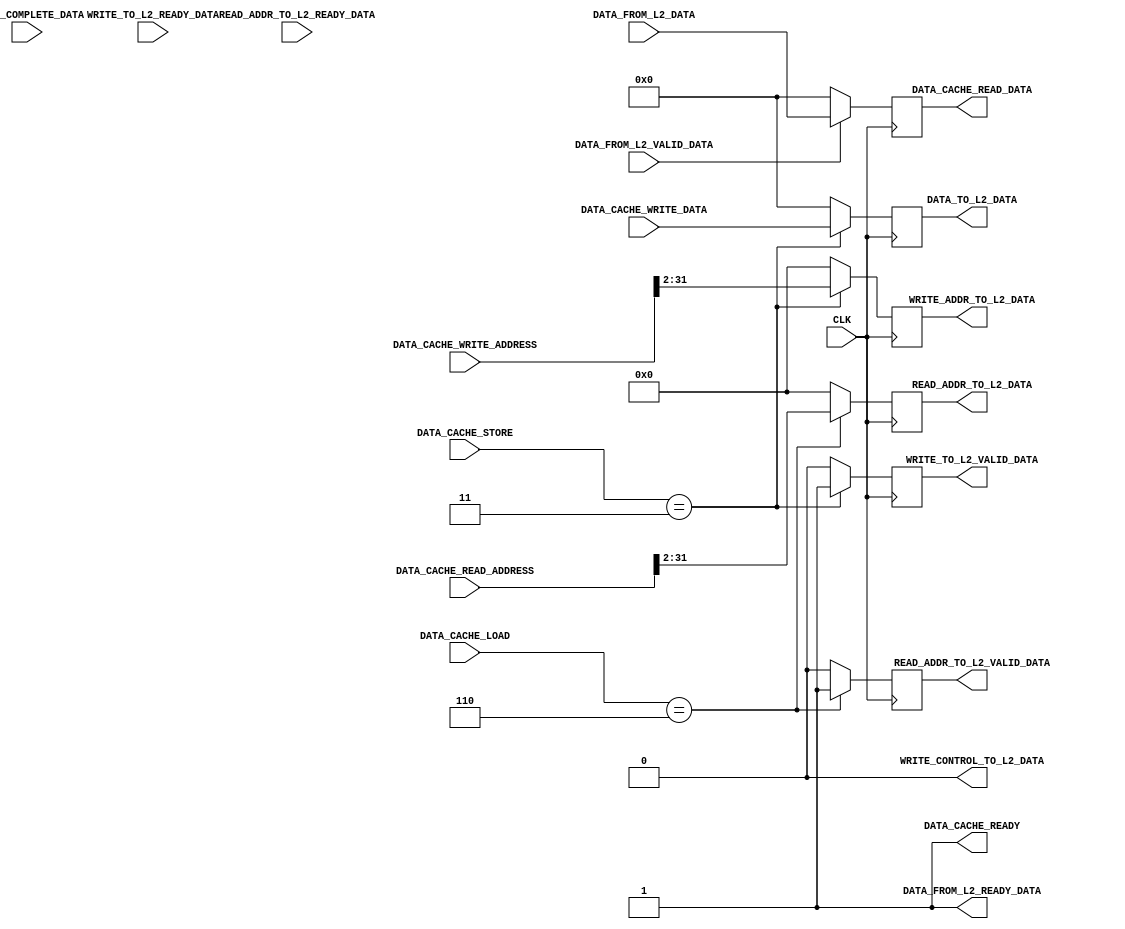
module DATA_CACHE #(
        parameter   ADDRESS_WIDTH           = 32        ,
        parameter   DATA_WIDTH              = 32        ,
        parameter   D_CACHE_LW_WIDTH        = 3         ,
        parameter   D_CACHE_SW_WIDTH        = 2         ,
        parameter   L2_BUS_WIDTH            = 32        ,       
        
        parameter DATA_CACHE_LOAD_NONE  = 3'b000        , 
        parameter DATA_CACHE_LOAD_B_S   = 3'b010        ,
        parameter DATA_CACHE_LOAD_B_U   = 3'b011        ,
        parameter DATA_CACHE_LOAD_H_S   = 3'b100        ,
        parameter DATA_CACHE_LOAD_H_U   = 3'b101        ,
        parameter DATA_CACHE_LOAD_W     = 3'b110        ,
        parameter DATA_CACHE_STORE_NONE = 2'b00         ,
        parameter DATA_CACHE_STORE_B    = 2'b01         ,
        parameter DATA_CACHE_STORE_H    = 2'b10         ,
        parameter DATA_CACHE_STORE_W    = 2'b11         ,
        
        parameter HIGH                  = 1'b1          ,
        parameter LOW                   = 1'b0
    ) (
        input                                   CLK                             ,
        input   [ADDRESS_WIDTH - 1      : 0]    DATA_CACHE_READ_ADDRESS         ,
        input   [D_CACHE_LW_WIDTH - 1   : 0]    DATA_CACHE_LOAD                 ,
        input   [ADDRESS_WIDTH - 1      : 0]    DATA_CACHE_WRITE_ADDRESS        ,
        input   [DATA_WIDTH - 1         : 0]    DATA_CACHE_WRITE_DATA           ,
        input   [D_CACHE_SW_WIDTH - 1   : 0]    DATA_CACHE_STORE                ,
        output                                  DATA_CACHE_READY                ,
        output  [DATA_WIDTH - 1         : 0]    DATA_CACHE_READ_DATA            ,
        
        // Write Data From L1 to L2 Cache
        input                                   WRITE_TO_L2_READY_DATA          ,
        output                                  WRITE_TO_L2_VALID_DATA          ,
        output  [ADDRESS_WIDTH - 2 - 1  : 0]    WRITE_ADDR_TO_L2_DATA           ,
        output  [L2_BUS_WIDTH   - 1     : 0]    DATA_TO_L2_DATA                 ,
        output                                  WRITE_CONTROL_TO_L2_DATA        ,
        input                                   WRITE_COMPLETE_DATA             ,
        
        // Read Data From L2 to L1 Cache
        input                                   READ_ADDR_TO_L2_READY_DATA      ,
        output                                  READ_ADDR_TO_L2_VALID_DATA      ,
        output  [ADDRESS_WIDTH - 2 - 1  : 0]    READ_ADDR_TO_L2_DATA            ,
        output                                  DATA_FROM_L2_READY_DATA         ,
        input                                   DATA_FROM_L2_VALID_DATA         ,
        input   [L2_BUS_WIDTH   - 1     : 0]    DATA_FROM_L2_DATA                  
    );
    
    //////////////////------ TEST CODE ------//////////////////
    
    reg                                     data_cache_ready_reg                ;
    reg                                     write_to_l2_valid_data_reg          ;
    reg     [ADDRESS_WIDTH - 2 - 1   : 0]   write_addr_to_l2_data_reg           ; 
    reg     [DATA_WIDTH - 1          : 0]   data_to_l2_data_reg                 ;
    reg                                     write_control_to_l2_data_reg        ;
    
    reg                                     read_addr_to_l2_valid_data_reg      ;
    reg     [ADDRESS_WIDTH - 2 - 1   : 0]   read_addr_to_l2_data_reg            ; 
    reg     [DATA_WIDTH - 1          : 0]   data_from_l2_data_reg               ;
    reg                                     data_from_l2_ready_data_reg         ;
    
    initial
    begin
        data_cache_ready_reg            = HIGH                                  ;
        write_to_l2_valid_data_reg      = LOW                                   ;
        write_addr_to_l2_data_reg       = 30'b0                                 ;
        data_to_l2_data_reg             = 32'b0                                 ;
        write_control_to_l2_data_reg    = LOW                                   ;
        read_addr_to_l2_valid_data_reg  = LOW                                   ;
        read_addr_to_l2_data_reg        = 30'b0                                 ;
        data_from_l2_data_reg           = 32'b0                                 ;
        data_from_l2_ready_data_reg     = HIGH                                  ;
    end                                  
    
    always@(posedge CLK)
    begin
        if(DATA_CACHE_STORE == DATA_CACHE_STORE_W)
        begin
            write_to_l2_valid_data_reg      <= HIGH                                                 ;
            write_addr_to_l2_data_reg       <= DATA_CACHE_WRITE_ADDRESS[ADDRESS_WIDTH - 1     : 2]  ;
            data_to_l2_data_reg             <= DATA_CACHE_WRITE_DATA                                ;
        end
        else
        begin
            write_to_l2_valid_data_reg      <= LOW                                                  ;
            write_addr_to_l2_data_reg       <= 30'b0                                                ;
            data_to_l2_data_reg             <= 32'b0                                                ;
        end
        
        if(DATA_CACHE_LOAD == DATA_CACHE_LOAD_W)
        begin
            read_addr_to_l2_valid_data_reg  <= HIGH                                                 ;
            read_addr_to_l2_data_reg        <= DATA_CACHE_READ_ADDRESS[ADDRESS_WIDTH - 1      : 2]  ;             
        end
        else
        begin
            read_addr_to_l2_valid_data_reg  <= LOW                                                  ;
            read_addr_to_l2_data_reg        <= 30'b0                                                ;
        end
        
        if(DATA_FROM_L2_VALID_DATA == HIGH)
        begin
            data_from_l2_data_reg           <= DATA_FROM_L2_DATA                                    ;
        end
        else
        begin
            data_from_l2_data_reg           <= 32'b0                                                ;
        end
    end
    
    //////////////////------ TEST CODE ------//////////////////
    
    assign  DATA_CACHE_READY            = data_cache_ready_reg                                      ;
    assign  WRITE_TO_L2_VALID_DATA      = write_to_l2_valid_data_reg                                ;
    assign  WRITE_ADDR_TO_L2_DATA       = write_addr_to_l2_data_reg                                 ;
    assign  DATA_TO_L2_DATA             = data_to_l2_data_reg                                       ;
    assign  WRITE_CONTROL_TO_L2_DATA    = write_control_to_l2_data_reg                              ;
    assign  READ_ADDR_TO_L2_VALID_DATA  = read_addr_to_l2_valid_data_reg                            ;
    assign  READ_ADDR_TO_L2_DATA        = read_addr_to_l2_data_reg                                  ;
    assign  DATA_CACHE_READ_DATA        = data_from_l2_data_reg                                     ;
    assign  DATA_FROM_L2_READY_DATA     = data_from_l2_ready_data_reg                               ;
    
endmodule